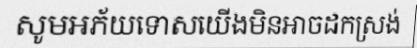
សូមអភ័យទោសយើងមិនអាចដកស្រង់